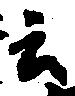
云